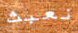
نعبث